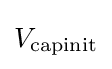
V_{\text{capinit}}